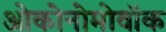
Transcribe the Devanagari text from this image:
ओकोनोमोवॉक